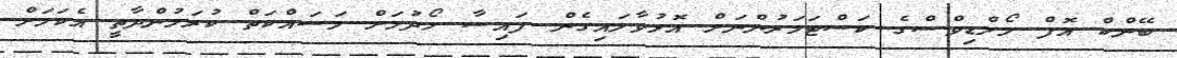
ބޭންކް އޮފް މޯލްޑިވްސްގެ ކަސްޓަމަރުންނަށް އޮޅުވާލައިގެން ފައިސާ ހޯދުމަށް މަސައްކަތް ކުރަމުންދާތީ އެކަމަށް